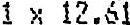
1 X 12.61